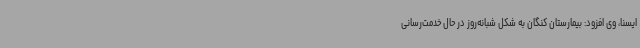
ایسنا، وی افزود: بیمارستان کنگان به شکل شبانه‌روز در حال خدمت‌رسانی